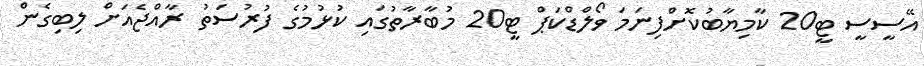
އޭސީސީ ޓީ20 ކާމިޔާބުކޮށްފިނަމަ ވޯލްޑްކަޕް ޓީ20 މުބާރާތުގައި ކުޅުމުގެ ފުރުސަތު ރާއްޖެއަށް ލިބިގެން